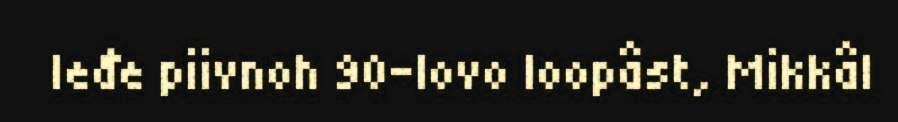
leđe piivnoh 90-lovo loopâst, Mikkâl